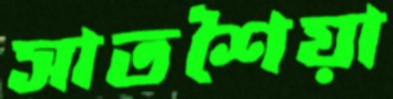
সাতশৈয়া